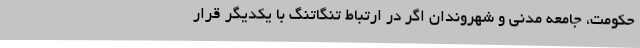
حکومت، جامعه مدنی و شهروندان اگر در ارتباط تنگاتنگ با یکدیگر قرار